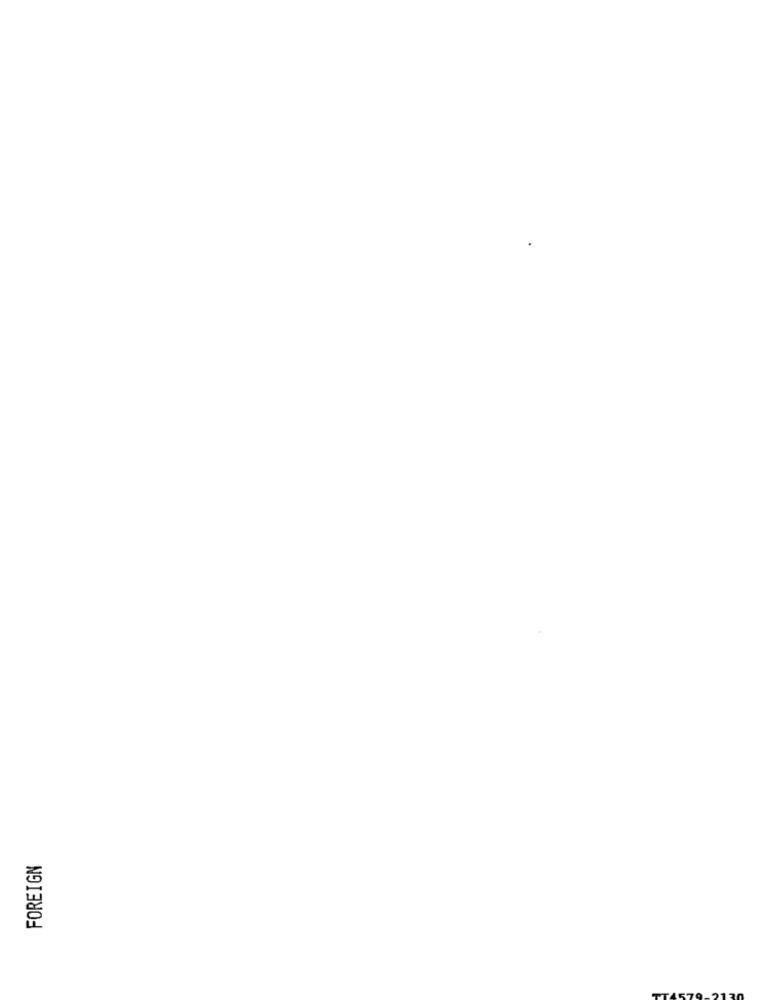
FOREIGN